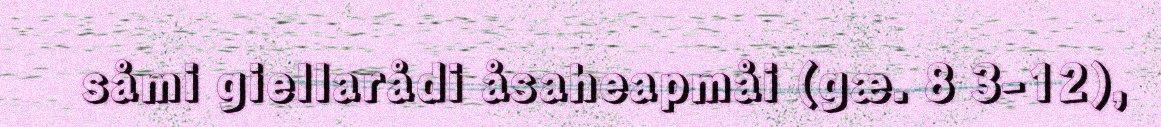
såmi giellarådi åsaheapmåi (gæ. 8 3-12),